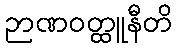
ဉာဏဝတ္ထူနီတိ